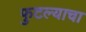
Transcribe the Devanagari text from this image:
फुटल्याचा